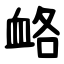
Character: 衉